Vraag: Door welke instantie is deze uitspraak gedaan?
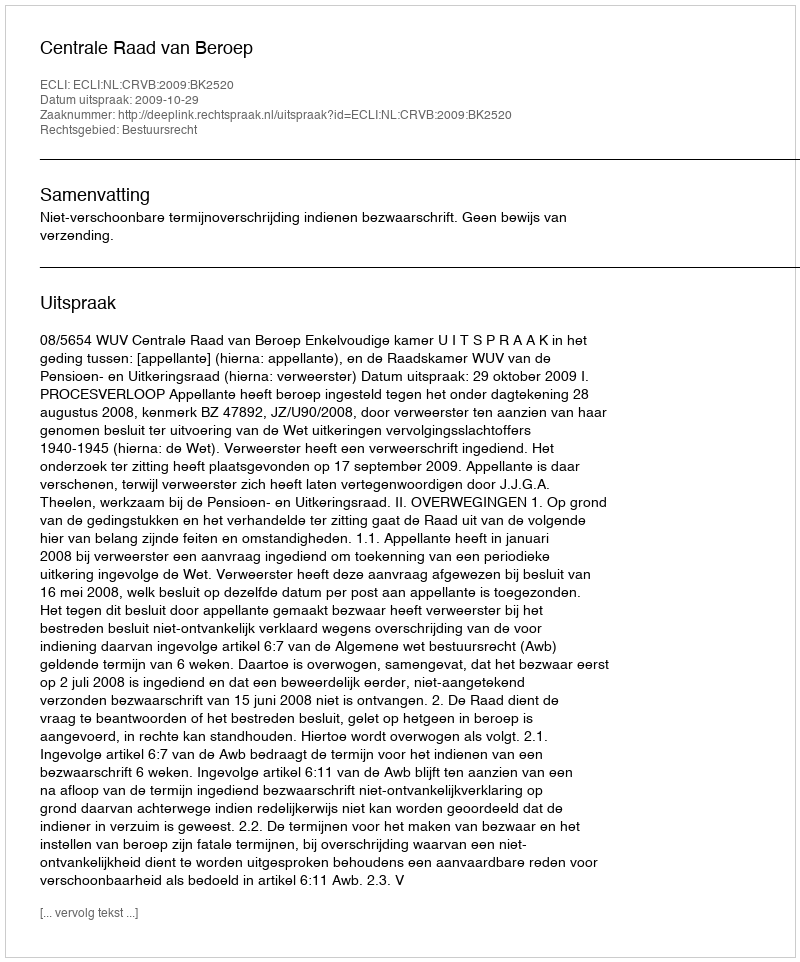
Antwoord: Centrale Raad van Beroep